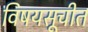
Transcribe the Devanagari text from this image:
विषयसूचीत